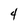
Character: 4